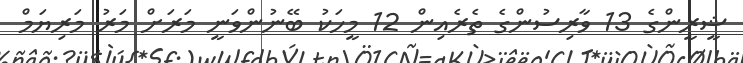
ޝީރީންގެ 13 ވާރިސުންގެ ތެރެއިން 12 މީހަކު ބޭނުންވަނީ މަރަށް މަރު މަރިޔަމް